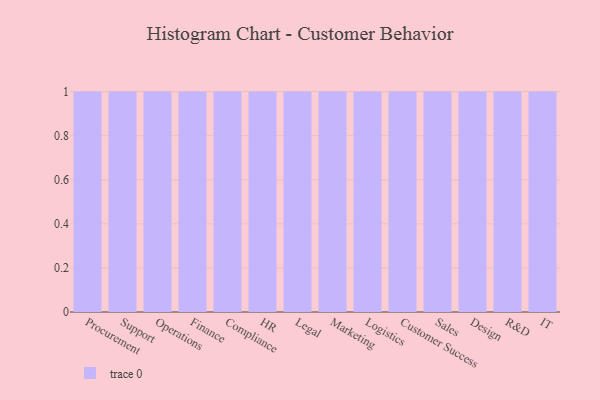
{"axis": {"x": "Department", "y": "Energy Usage (MWh)"}, "legend": [""], "data": [{"x": "Procurement", "y": 91, "type": ""}, {"x": "Support", "y": 70, "type": ""}, {"x": "Operations", "y": 48, "type": ""}, {"x": "Finance", "y": 91, "type": ""}, {"x": "Compliance", "y": 22, "type": ""}, {"x": "HR", "y": 53, "type": ""}, {"x": "Legal", "y": 12, "type": ""}, {"x": "Marketing", "y": 23, "type": ""}, {"x": "Logistics", "y": 7, "type": ""}, {"x": "Customer Success", "y": 18, "type": ""}, {"x": "Sales", "y": 41, "type": ""}, {"x": "Design", "y": 78, "type": ""}, {"x": "R&D", "y": 90, "type": ""}, {"x": "IT", "y": 71, "type": ""}]}